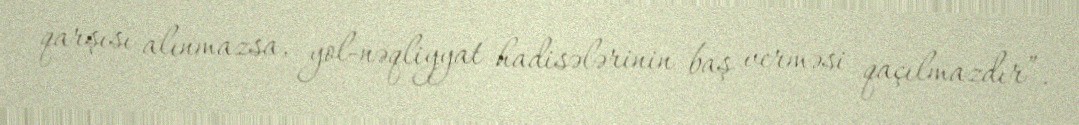
qarşısı alınmazsa, yol-nəqliyyat hadisələrinin baş verməsi qaçılmazdır”.